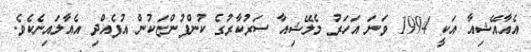
އެއާއޭޝިއާ އަކީ 1994 ވަނަ އަހަރު މެލޭޝިއާ ސަރުކާރުގެ ކުންފުންޏަކުން އުފެއްދި އެއާލައިނެކެވެ.